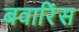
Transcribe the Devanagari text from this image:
बवारिंस